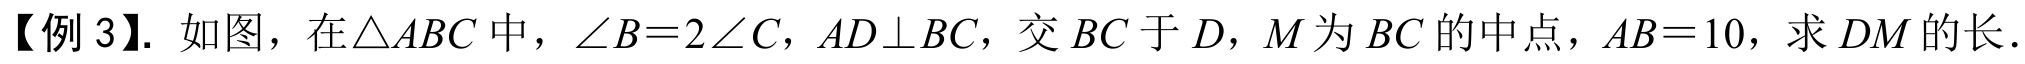
【例 3】. 如图，在\(\triangle ABC\)中，\(\angle B = 2\angle C\)，\(AD\perp BC\)，交\(BC\)于\(D\)，\(M\)为\(BC\)的中点，\(AB = 10\)，求\(DM\)的长．